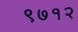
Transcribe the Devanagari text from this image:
९७१२